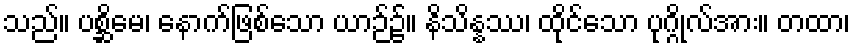
သည်။ ပစ္ဆိမေ၊ နောက်ဖြစ်သော ယာဉ်၌။ နိသိန္နဿ၊ ထိုင်သော ပုဂ္ဂိုလ်အား။ တထာ၊